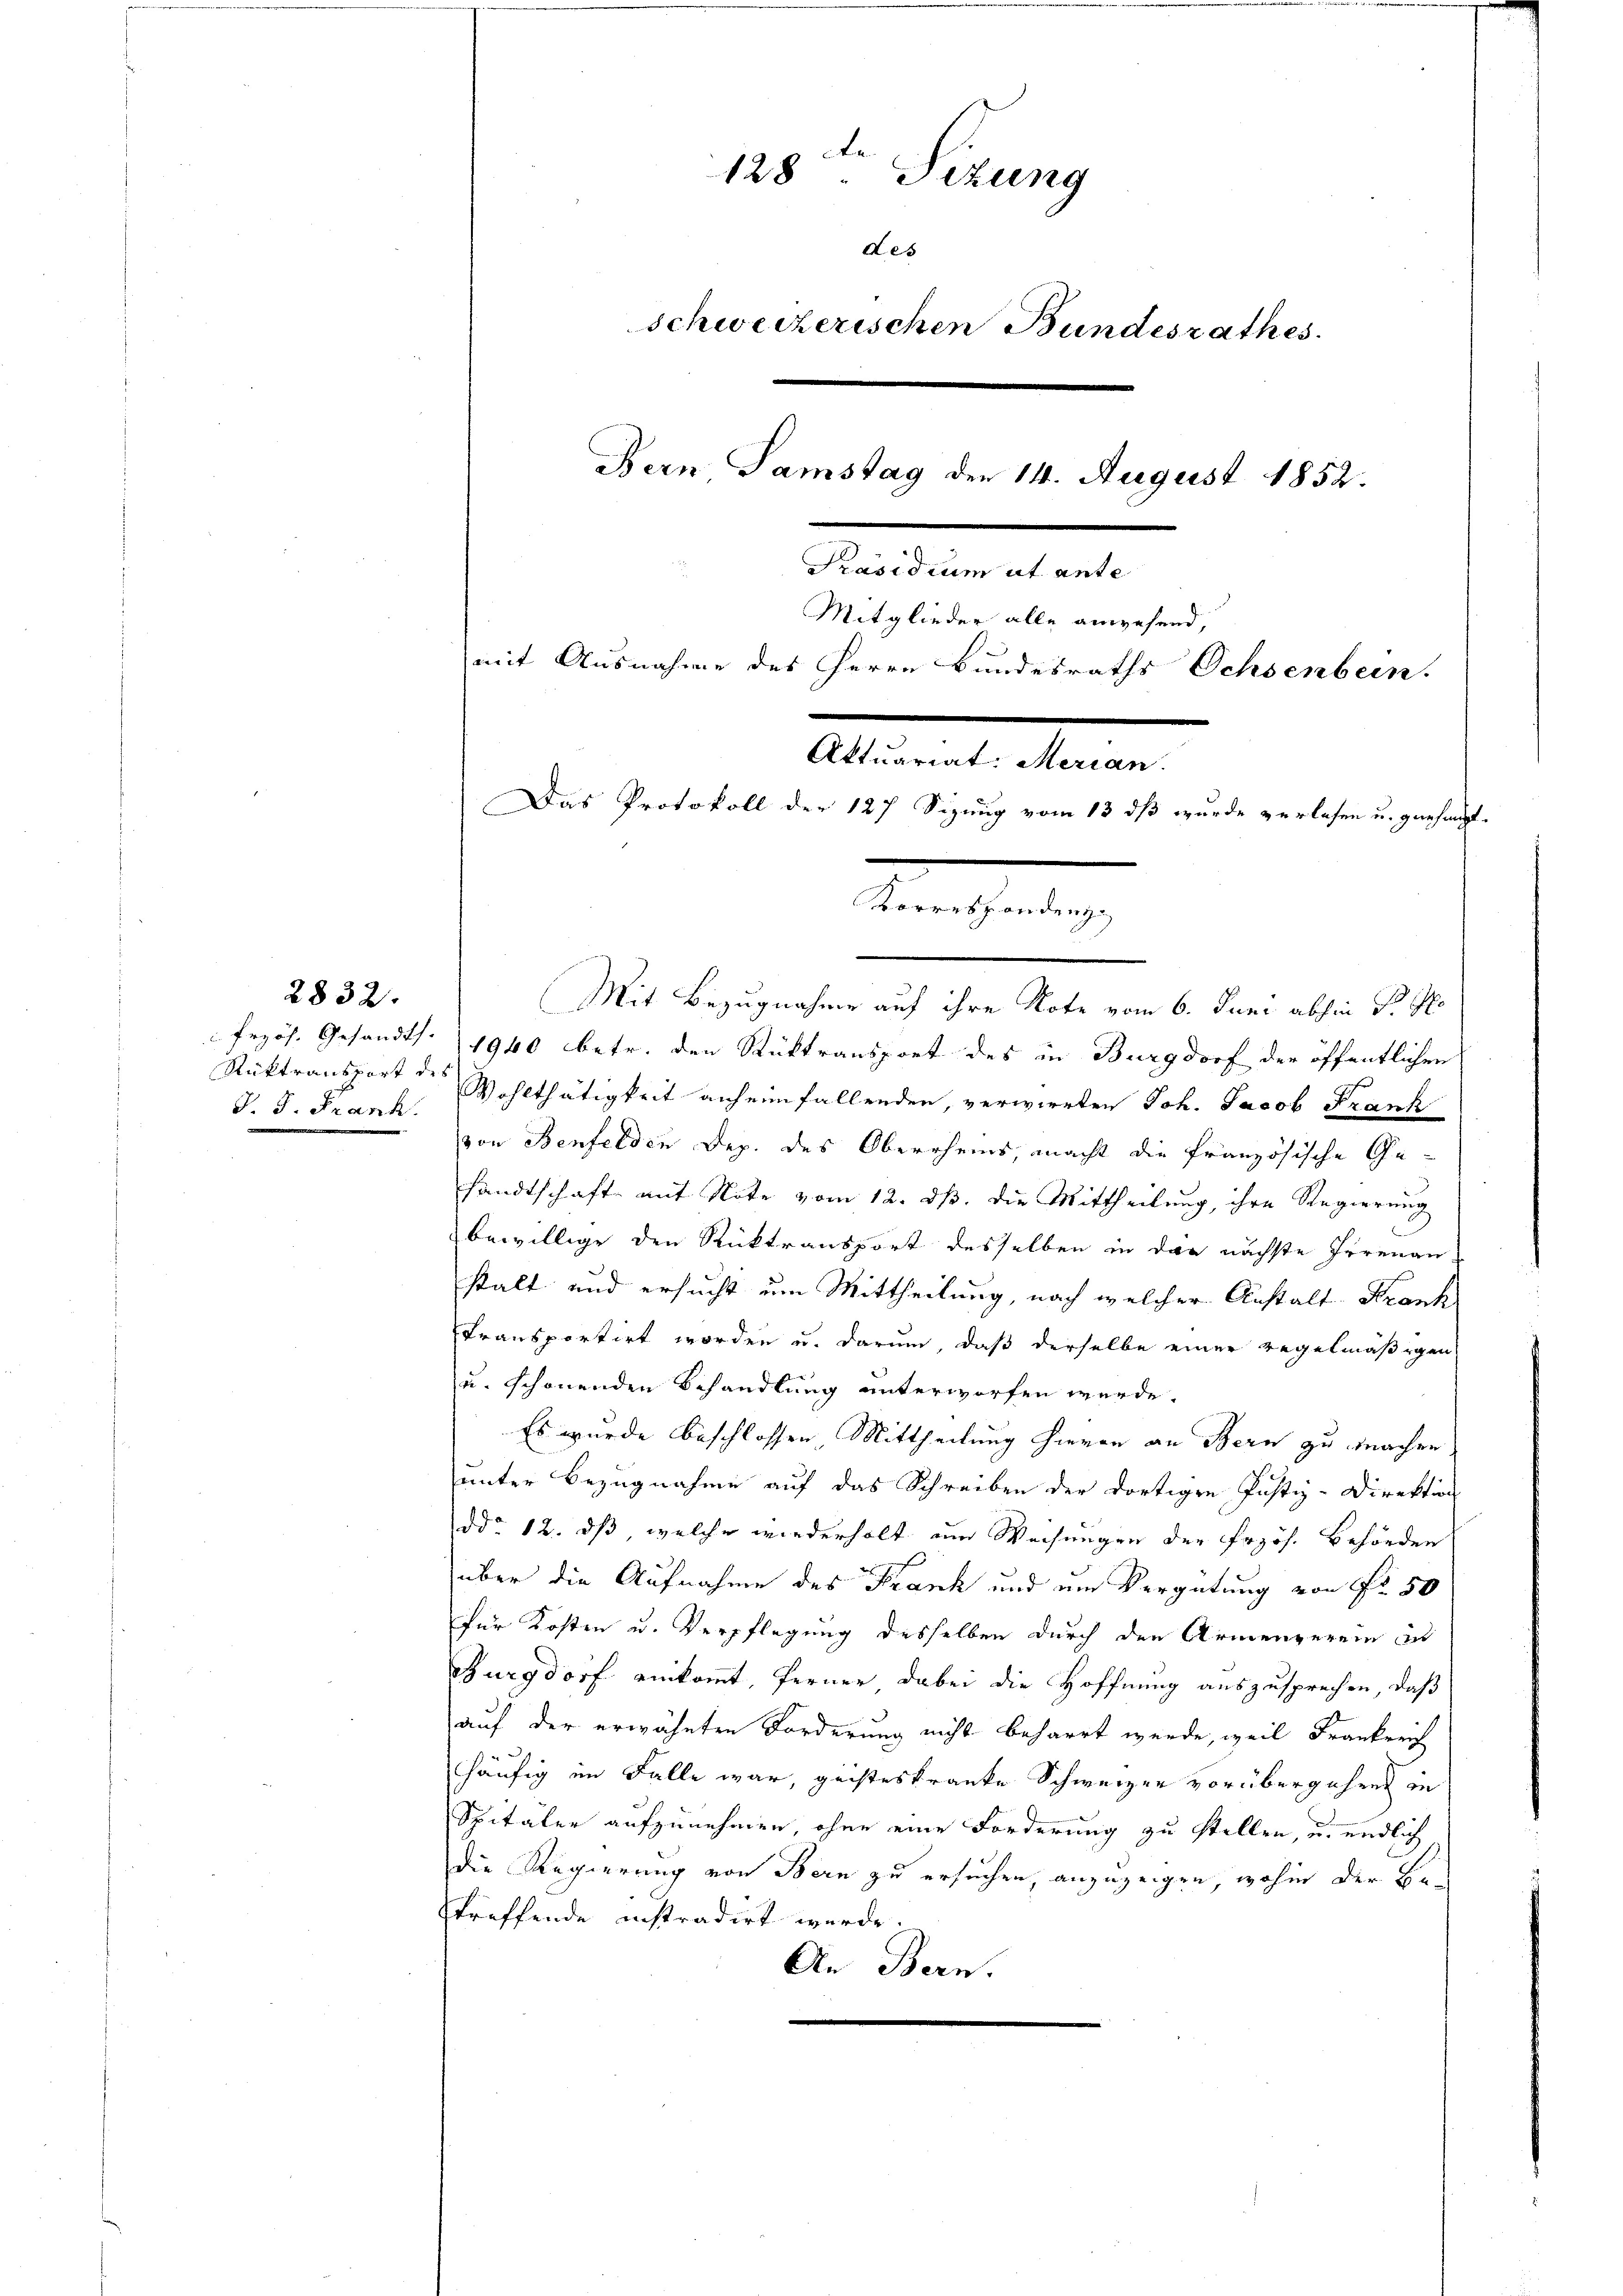
J. J. Frank.

2832.

128ten Sizung
Les
schwecherischen Bundesrathes.
Bern, Samstag den 14. August 1852.
Präsidium ut ante
Mitglieder alle anwesend,
mit Ausnahme des Herrn Bundesraths Ochsenbein.
.
Das Protokoll der 127 Sizung vom 13 dß wurde verlesen u. gerhaupt-
Korrespondenz

Mit Bezugnahme auf ihre Note vom 6. Juni abhin St. Po

frzös. Gesandts. 1940 betr. den Rücktransport des in Burgdorf der öffentlichen
Rüktransport des Wohlthätigkeit anheimfallenden, verwirrten Joh. Jacob Frank
von Benfelden Dep. des Oberrheis, macht die französische Gesandtschaft mit Note vom 12. dß. die Mittheilung, ihre Regierung
bewillige den Rücktransport desselben in der nächste Irrenan
stalt und ersucht um Mittheilung, nach welcher Anstalt Krank
Transportirt worden u. darum, daß derselbe einer regelmäßigen
u. schönenden Behandlung unterworfen werde.
Es wurde beschlossen, Mittheilung hievon an Bern zu machen
unter Bezugnahme auf das Schreiben der dortigen Justiz-Direktion
ddo 12. dß, welche wiederholt im Weisungen der Frzös. Behörden
über die Aufnahme des Frank und um Vergütung von Fr. 50
für Kosten u. Verpflegung desselben durch den Armengerein und
Burgdorf einkommt, ferner dabei die Hoffnung auszusprechen, daß
auf der erwähnten Forderung nicht beharrt werde, weil Frankreich
häufig im Falle war, geisteskranke Schweizer vorübergehen in
Spitäler aufzunehmen, ohne eine Forderung zu stellen, u. endlich
die Regierung von Bern zu ersuchen, anzuzeigen, wohin der Be-
treffende instradirt werde.
An Bern.